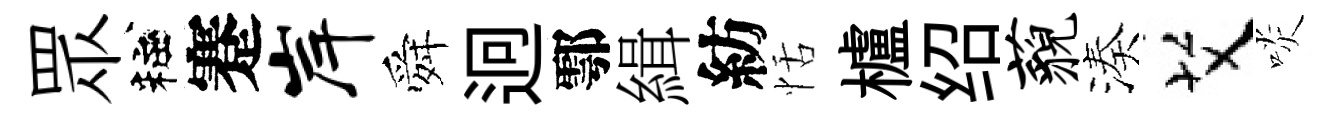
眾粧蹇岸舜迥鄠緝紡恬櫨绍藐湊艾啖